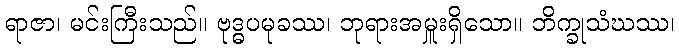
ရာဇာ၊ မင်းကြီးသည်။ ဗုဒ္ဓပမုခဿ၊ ဘုရားအမှူးရှိသော။ ဘိက္ခုသံဃဿ၊